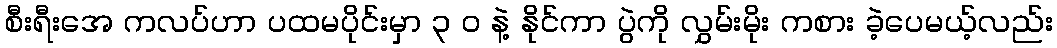
စီးရီးအေ ကလပ်ဟာ ပထမပိုင်းမှာ ၃ ၀ နဲ့ နိုင်ကာ ပွဲကို လွှမ်းမိုး ကစား ခဲ့ပေမယ့်လည်း